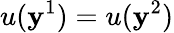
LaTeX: u(\mathbf{y}^{1})=u(\mathbf{y}^{2})